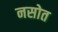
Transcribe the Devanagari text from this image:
नसोत